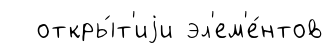
откры́т'иjи эл'ем'е́нтов